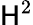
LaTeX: \mathsf{H}^{2}